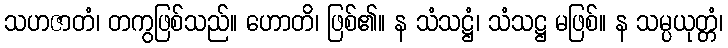
သဟဇာတံ၊ တကွဖြစ်သည်။ ဟောတိ၊ ဖြစ်၏။ န သံသဋ္ဌံ၊ သံသဋ္ဌ မဖြစ်။ န သမ္ပယုတ္တံ၊